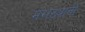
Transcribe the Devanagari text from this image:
मराठ्यानी